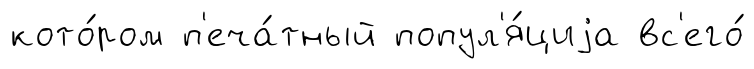
кото́ром п'еча́тный попул'я́циjа вс'его́